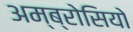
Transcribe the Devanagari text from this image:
अम्ब्रोसियो